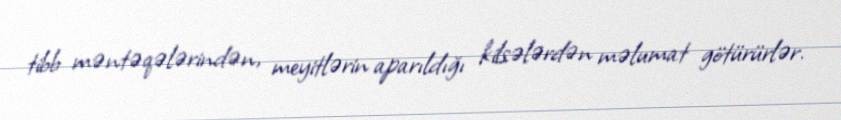
tibb məntəqələrindən, meyitlərin aparıldığı kilsələrdən məlumat götürürlər.